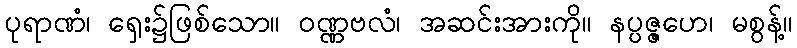
ပုရာဏံ၊ ရှေး၌ဖြစ်သော။ ဝဏ္ဏဗလံ၊ အဆင်းအားကို။ နပ္ပဇ္ဇဟေ၊ မစွန့်။